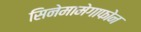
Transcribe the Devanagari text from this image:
सिनेमामेगाफोन